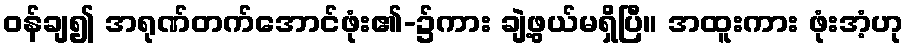
ဝန်ချ၍ အရုဏ်တက်အောင်ဖုံး၏-၌ကား ချဲ့ဖွယ်မရှိပြီ။ အထူးကား ဖုံးအံ့ဟု